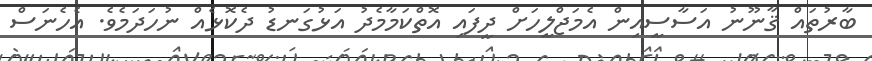
ބާރުތައް ޤާނޫނު އަސާސީއިން އެމަޖްލީހަށް ދީފައި އޮތްކަމާމެދު އަޅުގަނޑު ދެކޮޅެއް ނުހަދަމެވެ. އެހެނަސް